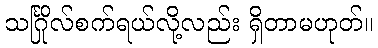
သင်္ဂြိုလ်စက်ရယ်လို့လည်း ရှိတာမဟုတ်။